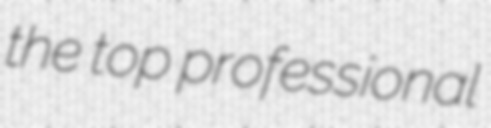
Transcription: the top professional